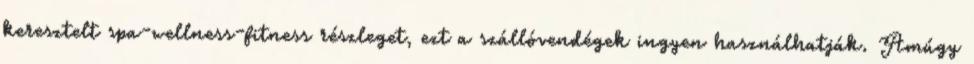
keresztelt spa-wellness-fitness részleget, ezt a szállóvendégek ingyen használhatják. Amúgy